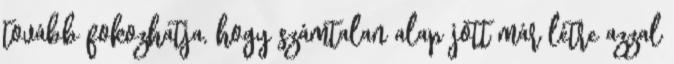
tovább fokozhatja, hogy számtalan alap jött már létre azzal